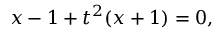
x - 1 + t ^ { 2 } ( x + 1 ) = 0 ,